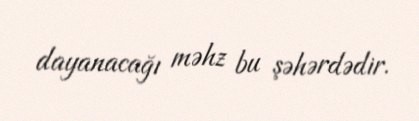
dayanacağı məhz bu şəhərdədir.